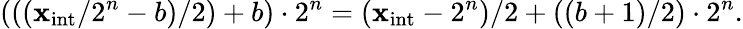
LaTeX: (((\mathbf{x}_{\mathrm{{int}}}/2^{n}-b)/2)+b)\cdot2^{n}=(\mathbf{x}_{\mathrm{{int}}}-2^{n})/2+((b+1)/2)\cdot2^{n}.